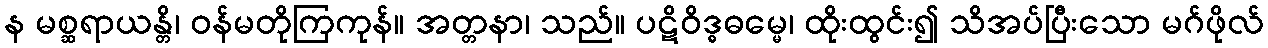
န မစ္ဆရာယန္တိ၊ ဝန်မတိုကြကုန်။ အတ္တနာ၊ သည်။ ပဋိဝိဒ္ဓဓမ္မေ၊ ထိုးထွင်း၍ သိအပ်ပြီးသော မဂ်ဖိုလ်